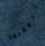
الملاحظة